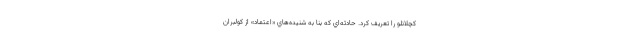
كچلانلو را تعريف كرد. حادثه‌اي كه بنا به شنيده‌هاي «اعتماد» از كولبران